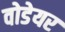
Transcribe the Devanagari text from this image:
वोडेयर